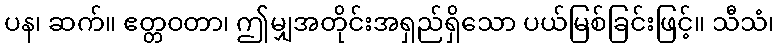
ပန၊ ဆက်။ ဧတ္တဝတာ၊ ဤမျှအတိုင်းအရှည်ရှိသော ပယ်မြစ်ခြင်းဖြင့်။ သီသံ၊